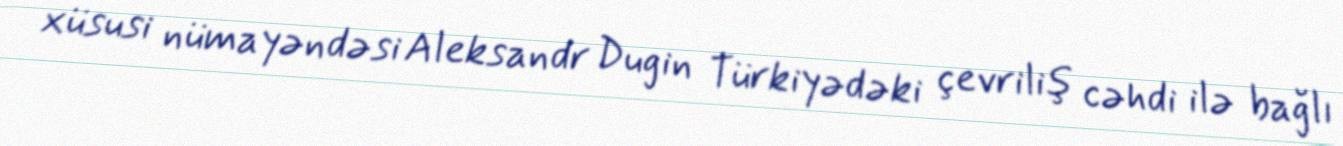
xüsusi nümayəndəsi Aleksandr Dugin Türkiyədəki çevriliş cəhdi ilə bağlı